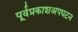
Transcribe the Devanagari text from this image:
पूर्वप्रकाशअपघटन